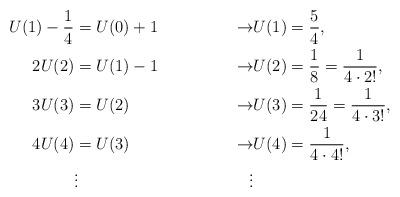
LaTeX: \begin{align*} U(1) - \frac{1}{4} &= U(0) +1 &\rightarrow& U(1)= \frac{5}{4}, \\2U(2) &= U(1) -1 &\rightarrow& U(2)=\frac{1}{8} = \frac{1}{4 \cdot 2!}, \\3U(3) &= U(2) &\rightarrow& U(3)=\frac{1}{24}=\frac{1}{4 \cdot 3!}, \\4U(4) &= U(3) &\rightarrow& U(4)= \frac{1}{4 \cdot 4!}, \\ &\vdots& \vdots& \end{align*}